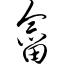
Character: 畲